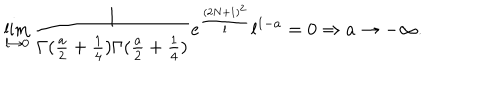
\lim _ { l \rightarrow 0 } \frac { 1 } { \Gamma ( \frac { a } { 2 } + \frac { 1 } { 4 } ) \Gamma ( \frac { a } { 2 } + \frac { 1 } { 4 } ) } e ^ { \frac { ( 2 N + 1 ) ^ { 2 } } { l } } l ^ { 1 - a } = 0 \Rightarrow a \rightarrow - \infty .